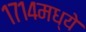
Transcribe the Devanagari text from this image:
१७१४मध्ये